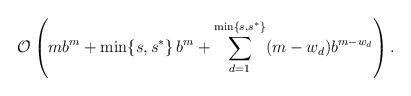
LaTeX: \begin{align*}\mathcal{O} \left( m b^m + \min\{s,s^{\ast}\} \, b^m + \sum_{d=1}^{\min\{s,s^{\ast}\}} (m-w_d) b^{m-w_d} \right).\end{align*}